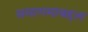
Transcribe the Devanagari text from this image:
समागमाबद्दल